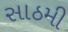
સાઠમી